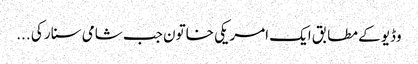
وڈیو کے مطابق ایک امریکی خاتون جب شامی سنار کی ...